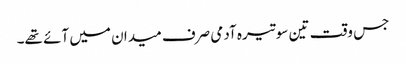
جس وقت تین سو تیرہ آدمی صرف میدان میں آئے تھے۔